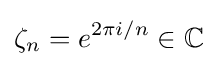
\zeta _{n}=e^{2\pi i/n}\in \mathbb {C}